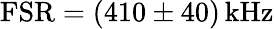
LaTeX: \mathrm{FSR}=(410\pm 40)\, \mathrm{kHz}